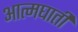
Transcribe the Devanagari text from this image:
अात्मघाती